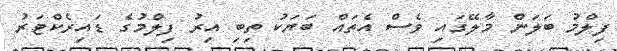
ފިލްމު ބަލަން މާލޭގައި ވެސް އެތައް ބަޔަކު ތިބި އިރު ފިލްމުގެ ޑައިރެކްޓަރު